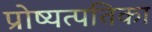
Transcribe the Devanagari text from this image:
प्रोष्यत्पतिका